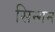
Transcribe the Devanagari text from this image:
सिन्गम